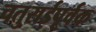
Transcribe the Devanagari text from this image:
चतुराईपूर्वक